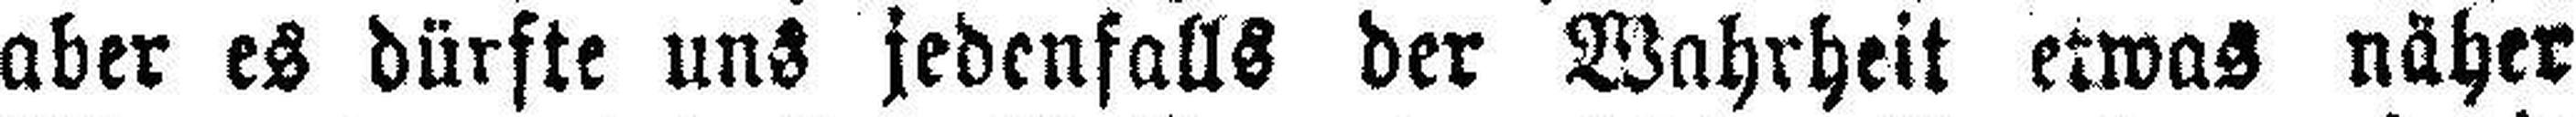
aber es dürfte uns jedenfalls der Wahrheit etwas näher